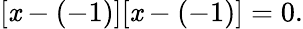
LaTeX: [\mathit{x}-(-1)][\mathit{x}-(-1)]=0.